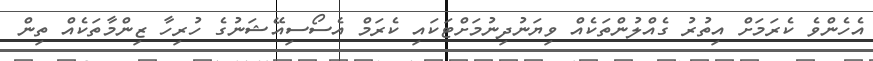
އެހެންވެ ކެރަމަށް އިތުރު ގެއްލުންތަކެއް ވިޔަނުދިނުމަށްޓަކައި ކެރަމް އެސޯސިއޭޝަނުގެ ހުރިހާ ޒިންމާތަކެއް ތިން